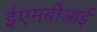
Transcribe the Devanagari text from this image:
ईएमबीआई